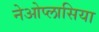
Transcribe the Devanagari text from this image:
नेओप्लासिया